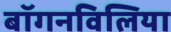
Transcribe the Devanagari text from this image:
बॉगनविलिया